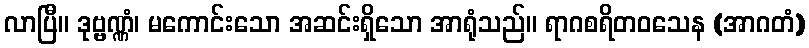
လာပြီ။ ဒုဗ္ဗဏ္ဏံ၊ မကောင်းသော အဆင်းရှိသော အာရုံသည်။ ရာဂစရိတဝသေန (အာဂတံ)